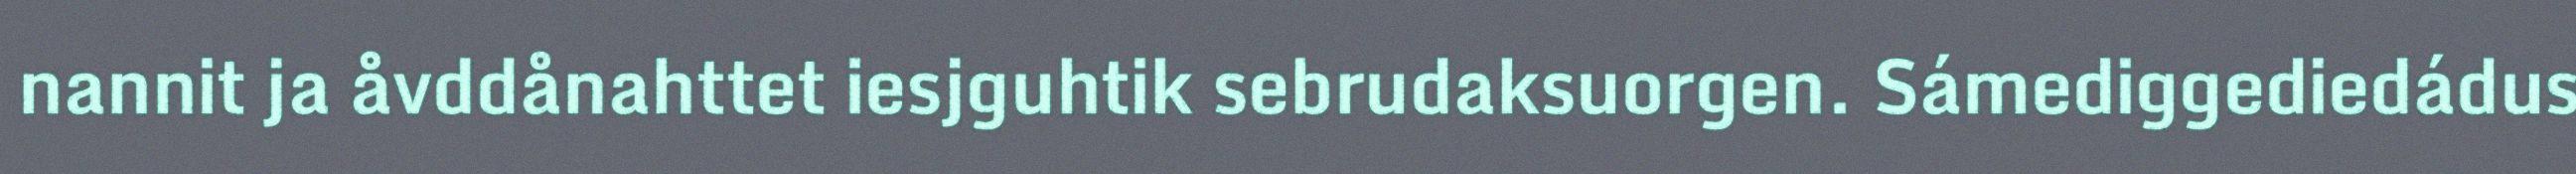
nannit ja åvddånahttet iesjguhtik sebrudaksuorgen. Sámediggediedádus